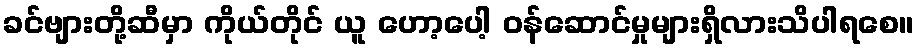
ခင်ဗျားတို့ဆီမှာ ကိုယ်တိုင် ယူ ဟော့ပေါ့ ဝန်ဆောင်မှုများရှိလားသိပါရစေ။